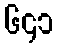
၆၄၁